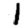
Digit: 1